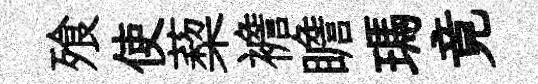
飱使蔾襜瞻瑪竟